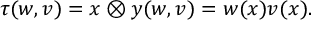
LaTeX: \tau ( w , v ) = { x \otimes y } ( w , v ) = w ( x ) v ( x ) .